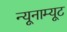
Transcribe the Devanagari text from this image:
न्यूनाम्यूट